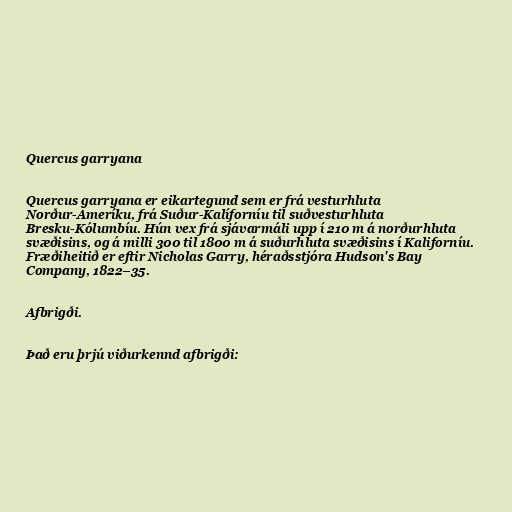
Quercus garryana

Quercus garryana er eikartegund sem er frá vesturhluta
Norður-Ameríku, frá Suður-Kalíforníu til suðvesturhluta
Bresku-Kólumbíu. Hún vex frá sjávarmáli upp í 210 m á norðurhluta
svæðisins, og á milli 300 til 1800 m á suðurhluta svæðisins í Kaliforníu.
Fræðiheitið er eftir Nicholas Garry, héraðsstjóra Hudson's Bay
Company, 1822–35.

Afbrigði.

Það eru þrjú viðurkennd afbrigði: